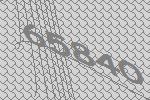
65840